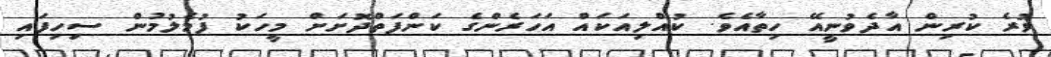
ވުރެ ކުރިން އާދެވުނީއޭ ހިތާއެވެ. ކުއްލިއަކައް އަހަރެންގެ ކަންފަތްދޮށަށް މީހަކު ފުމެލުމުން ސިހިފައި